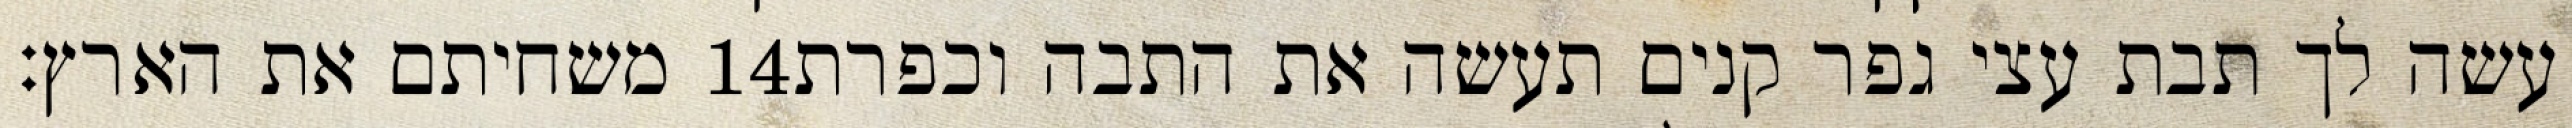
משחיתם את הארץ׃ ‎14‏ עשה לך תבת עצי גפר קנים תעשה את התבה וכפרת